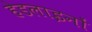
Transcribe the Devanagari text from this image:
हेडलाइनों